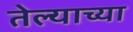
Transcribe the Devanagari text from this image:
तेल्याच्या